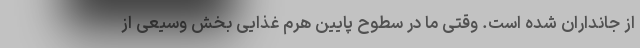
از جانداران شده است. وقتی ما در سطوح پایین هرم غذایی بخش وسیعی از